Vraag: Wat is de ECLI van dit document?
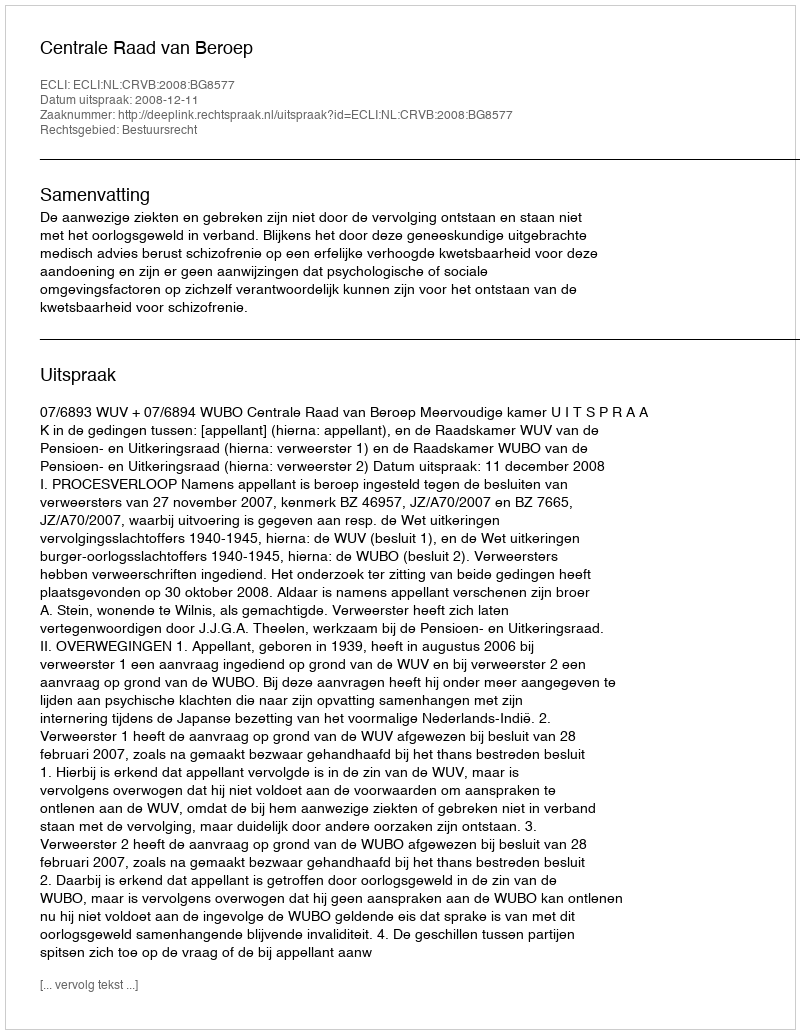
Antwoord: ECLI:NL:CRVB:2008:BG8577